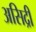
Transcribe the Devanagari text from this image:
असिद्री